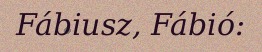
Fábiusz, Fábió: